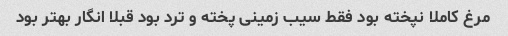
مرغ کاملا نپخته بود فقط سیب زمینی پخته و ترد بود قبلا انگار بهتر بود